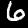
Digit: 6